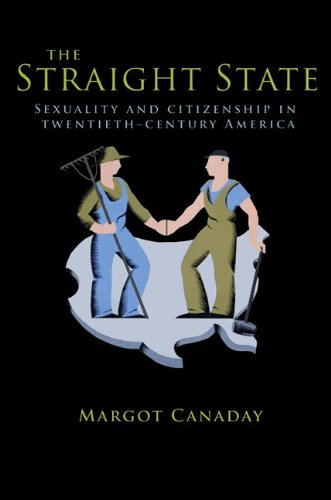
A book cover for The Straight State: Sexuality and Citizenship in Twentieth-Century America (Politics and Society in Twentieth-Century America); Margot Canaday; Gay & Lesbian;